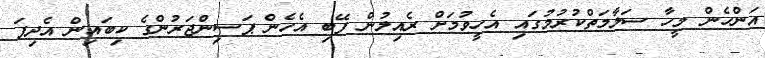
އަންހެން މީހާ ސަލާމަތްކުރުމުގައި އެހީވުމަށް ރެއިލުން ފޭބި އެހެން ޕަސިންޖަރުންގެ ކިބައިން އެދިފަ